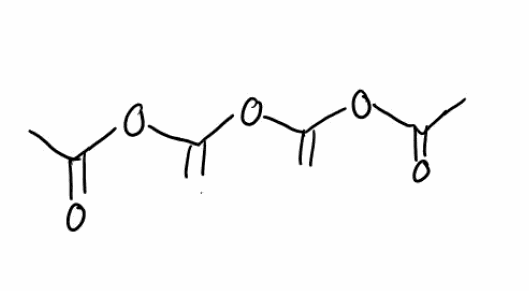
Simplified molecular-input line-entry system (SMILES) notation of the given molecule:
CC(=O)OC(=C)OC(=C)OC(=O)C